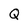
Character: Q